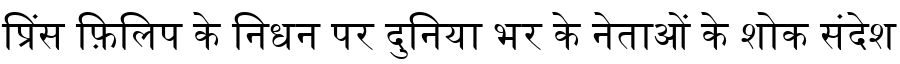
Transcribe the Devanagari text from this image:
प्रिंस फ़िलिप के निधन पर दुनिया भर के नेताओं के शोक संदेश